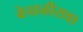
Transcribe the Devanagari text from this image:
बेचाळीसवा